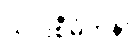
ယင်းစီမံကိန်း